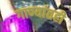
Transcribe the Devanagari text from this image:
गाण्यांतही